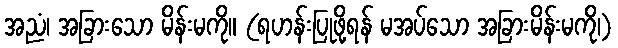
အညံ၊ အခြားသော မိန်းမကို။ (ရဟန်းပြုဖို့ရန် မအပ်သော အခြားမိန်းမကို၊)